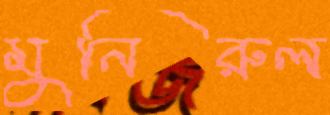
মুনিরুল